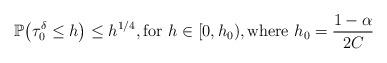
LaTeX: \begin{align*}{\mathbb P}\bigl(\tau^{\delta}_{0} \leq h\bigr) \leq h^{1/4},\textrm{for} \ h \in [0,h_{0}), \textrm{where} \ h_0=\frac{1-\alpha}{2C} \ \end{align*}